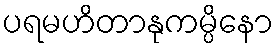
ပရမဟိတာနုကမ္ပိနော